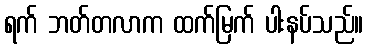
ရက် ဘတ်တလာက ထက်မြက် ပါးနပ်သည်။